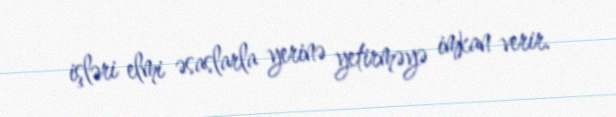
işləri elmi əsaslarla yerinə yetirməyə imkan verir.